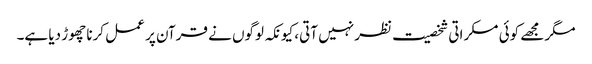
مگر مجھے کوئی مسکراتی شخصیت نظر نہیں آتی، کیونکہ لوگوں نے قرآن پر عمل کرنا چھوڑ دیا ہے۔